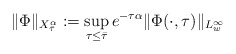
\begin{align*} \| \Phi \|_{X^\alpha_{\bar \tau}}:= \sup_{\tau \le \bar \tau} e^{-\tau \alpha} \| \Phi(\cdot, \tau)\|_{L^\infty_w}\end{align*}